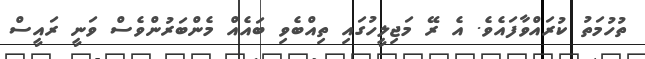
ތުހުމަތު ކުރައްވާފައެވެ. އެ ރޭ މަޖިލީހުގައި ތިއްބެވި ބައެއް މެންބަރުންވެސް ވަނީ ރައީސް